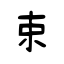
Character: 束